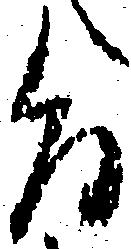
旨